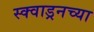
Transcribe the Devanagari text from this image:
स्क्वाड्रनच्या